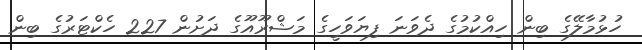
ހުޅުމާލޭގެ ބިން ހިއްކުމުގެ ދެވަނަ ފިޔަވަހީގެ މަޝްރޫއޫގެ ދަށުން 227 ހެކްޓަރުގެ ބިން